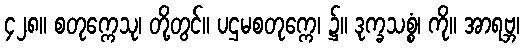
၄၂၈။ စတုက္ကေသု၊ တို့တွင်။ ပဌမစတုက္ကေ၊ ၌။ ဒုက္ခသစ္စံ၊ ကို။ အာရဗ္ဘ၊